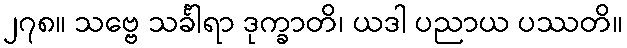
၂၇၈။ သဗ္ဗေ သင်္ခါရာ ဒုက္ခာတိ၊ ယဒါ ပညာယ ပဿတိ။